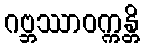
ဂဗ္ဘဿာဝက္ကန္တိ